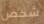
شخص